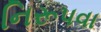
નિરૂપવા